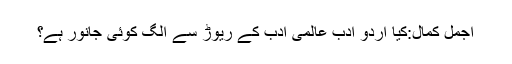
اجمل کمال:کیا اردو ادب عالمی ادب کے ریوڑ سے الگ کوئی جانور ہے؟